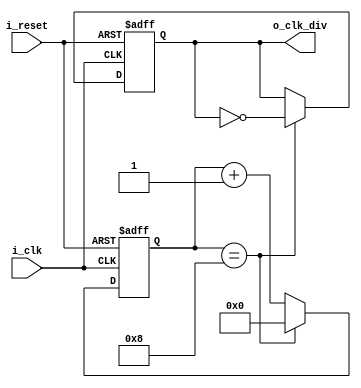
`default_nettype none
`timescale 1ns/1ns
module clockdiv #(
	parameter SIZE = 32,
	parameter DIVISOR = 16
)(
    input i_clk,
    input i_reset,

    output reg o_clk_div

 );

	reg [SIZE-1:0] counter;

	always @(posedge i_clk or posedge i_reset) begin
		if (i_reset) begin
			counter <= 0;
			o_clk_div <= 1'b0;
		end else begin
			counter <= counter + 1'b1;
			if (counter == DIVISOR/2) begin
				o_clk_div <= !o_clk_div;
				counter <= 0;
			end
		end
	end

endmodule